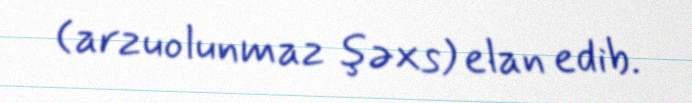
(arzuolunmaz şəxs) elan edib.